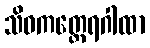
သိဝကတ္ထေရဂါထာ